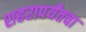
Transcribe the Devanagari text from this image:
शहरापर्यंतचा